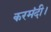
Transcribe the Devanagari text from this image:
करमंदी।